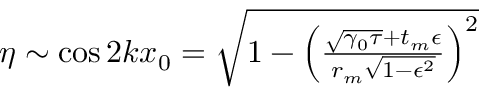
\begin{array} { r } { \eta \sim \cos 2 k x _ { 0 } = \sqrt { 1 - \left( \frac { \sqrt { \gamma _ { 0 } \tau } + t _ { m } \epsilon } { r _ { m } \sqrt { 1 - \epsilon ^ { 2 } } } \right) ^ { 2 } } } \end{array}